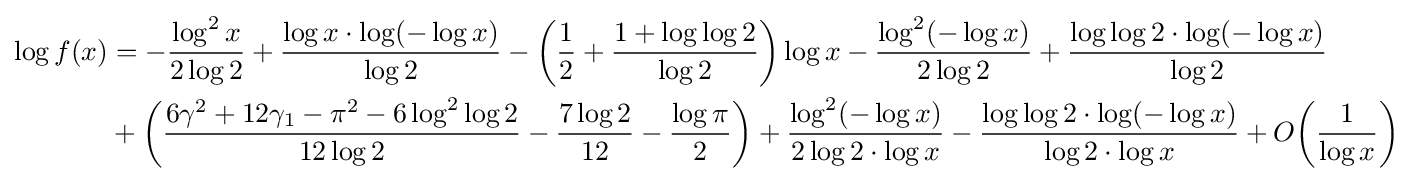
{\begin{aligned}\log f(x)&=-{\frac {\log ^{2}x}{2\log 2}}+{\frac {\log x\cdot \log(-\log x)}{\log 2}}-\left({\frac {1}{2}}+{\frac {1+\log \log 2}{\log 2}}\right)\log x-{\frac {\log ^{2}(-\log x)}{2\log 2}}+{\frac {\log \log 2\cdot \log(-\log x)}{\log 2}}\\&+\left({\frac {6\gamma ^{2}+12\gamma _{1}-\pi ^{2}-6\log ^{2}\log 2}{12\log 2}}-{\frac {7\log 2}{12}}-{\frac {\log \pi }{2}}\right)+{\frac {\log ^{2}(-\log x)}{2\log 2\cdot \log x}}-{\frac {\log \log 2\cdot \log(-\log x)}{\log 2\cdot \log x}}+O\!\left({\frac {1}{\log x}}\right)\end{aligned}}